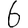
Digit: 6